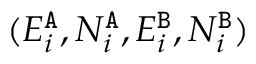
( E _ { i } ^ { { \tt A } } , N _ { i } ^ { { \tt A } } , E _ { i } ^ { { \tt B } } , N _ { i } ^ { { \tt B } } )